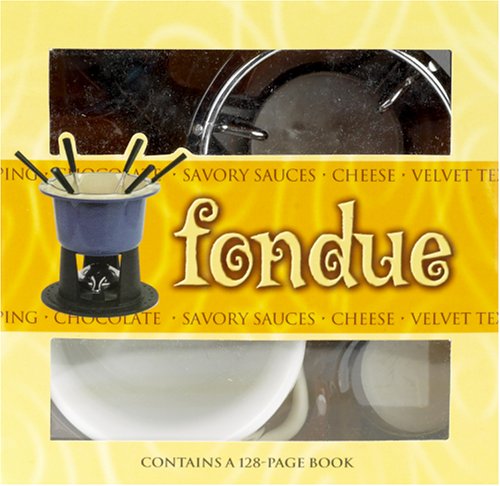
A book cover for Fondue with Other (Lifestyle Box Sets); Cookbooks, Food & Wine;